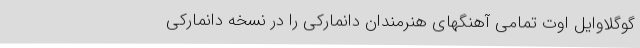
گوگلاوایل اوت تمامی آهنگهای هنرمندان دانمارکی را در نسخه دانمارکی